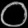
Digit: ၀